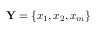
\mathbf { Y } = \{ x _ { 1 } , x _ { 2 } , x _ { m } \}